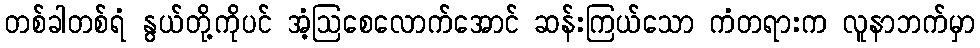
တစ်ခါတစ်ရံ နွယ်တို့ကိုပင် အံ့ဩစေလောက်အောင် ဆန်းကြယ်သော ကံတရားက လူနာဘက်မှာ